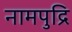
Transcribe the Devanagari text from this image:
नामपुद्रि